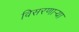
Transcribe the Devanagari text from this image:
विसरणाऱ्या